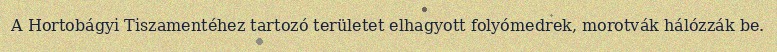
A Hortobágyi Tiszamentéhez tartozó területet elhagyott folyómedrek, morotvák hálózzák be.